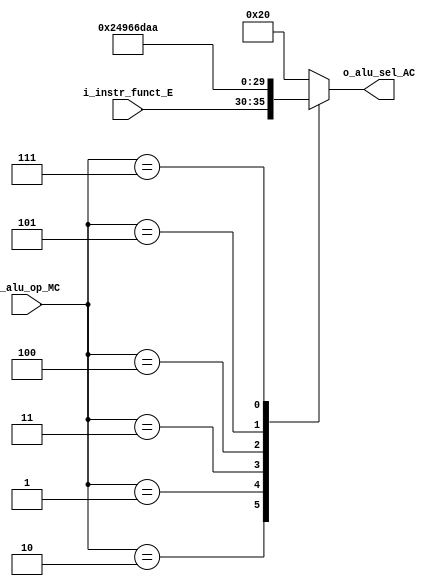
/**

**/

module AluControl
    #(
        // Parameters
        parameter ALU_OP    = 3,
        parameter FUNCT     = 6,
        parameter INST_SZ   = 32
    )
    (
        // Inputs
        input [FUNCT-1 : 0]             i_instr_funct_E,            // Instruction Function
        input [ALU_OP-1 : 0]            i_alu_op_MC,                // ALUOp Control Line
        // Outputs
        output reg [FUNCT-1 : 0]        o_alu_sel_AC                // ALUSel Control Line
    );

    // ALU Operation parameters
    localparam ADD  =       6'b100000;      // Add Word 
    localparam AND  =       6'b100100;      // Logical bitwise AND 
    localparam OR   =       6'b100101;      // Logical bitwise OR
    localparam XOR  =       6'b100110;      // Logical bitwise XOR
    localparam SRA  =       6'b000011;      // Shift Word Right Arithmetic
    localparam SLT  =       6'b101010;      // Set on Less Than
    localparam LUI  =       6'b110110;      // Load Upper Immediate

    // ALUOp Parameters
    localparam R_TYPE       =   3'b010;         // R-Type Instruction
    localparam LOAD_STORE   =   3'b000;         // Load/Store Operation
    localparam I_TYPE_ANDI  =   3'b001;         // ANDI
    localparam I_TYPE_ORI   =   3'b011;         // ORI
    localparam I_TYPE_XORI  =   3'b100;         // XORI
    localparam I_TYPE_LUI   =   3'b101;         // LUI
    localparam I_TYPE_SLTI  =   3'b111;         // SLTI

    //! Select Desired ALU Operation
    always @(*) 
    begin
        case(i_alu_op_MC)
            R_TYPE:                         o_alu_sel_AC = i_instr_funct_E;
            LOAD_STORE:                     o_alu_sel_AC = ADD; // Also for ADDI
            I_TYPE_ANDI:                    o_alu_sel_AC = AND;
            I_TYPE_ORI:                     o_alu_sel_AC = OR;
            I_TYPE_XORI:                    o_alu_sel_AC = XOR;
            I_TYPE_LUI:                     o_alu_sel_AC = LUI; 
            I_TYPE_SLTI:                    o_alu_sel_AC = SLT;
            default:                        o_alu_sel_AC = ADD;
        endcase
    end

endmodule